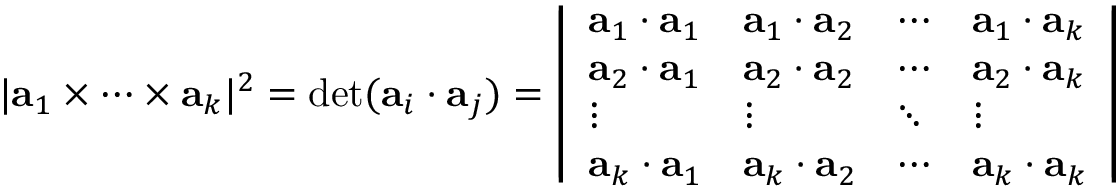
| \mathbf { a } _ { 1 } \times \cdots \times \mathbf { a } _ { k } | ^ { 2 } = \operatorname* { d e t } ( \mathbf { a } _ { i } \cdot \mathbf { a } _ { j } ) = { \left| \begin{array} { l l l l } { \mathbf { a } _ { 1 } \cdot \mathbf { a } _ { 1 } } & { \mathbf { a } _ { 1 } \cdot \mathbf { a } _ { 2 } } & { \cdots } & { \mathbf { a } _ { 1 } \cdot \mathbf { a } _ { k } } \\ { \mathbf { a } _ { 2 } \cdot \mathbf { a } _ { 1 } } & { \mathbf { a } _ { 2 } \cdot \mathbf { a } _ { 2 } } & { \cdots } & { \mathbf { a } _ { 2 } \cdot \mathbf { a } _ { k } } \\ { \vdots } & { \vdots } & { \ddots } & { \vdots } \\ { \mathbf { a } _ { k } \cdot \mathbf { a } _ { 1 } } & { \mathbf { a } _ { k } \cdot \mathbf { a } _ { 2 } } & { \cdots } & { \mathbf { a } _ { k } \cdot \mathbf { a } _ { k } } \end{array} \right| }